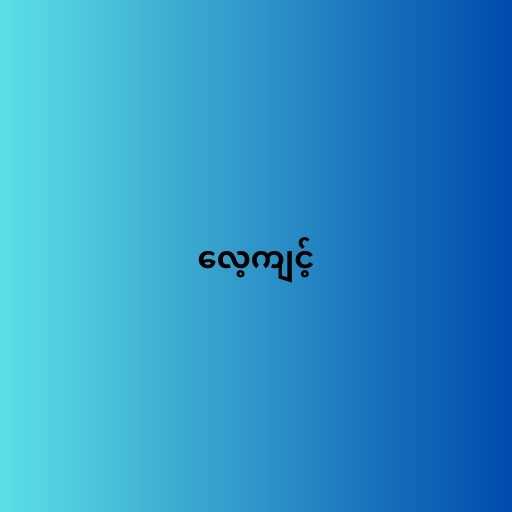
လေ့ကျင့်